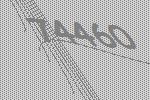
74460